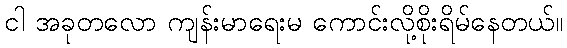
ငါ အခုတလော ကျန်းမာရေးမ ကောင်းလို့စိုးရိမ်နေတယ်။